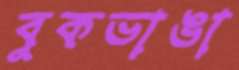
বুকভাঙা